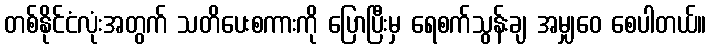
တစ်နိုင်ငံလုံးအတွက် သတိပေးစကားကို ပြောပြီးမှ ရေစက်သွန်းချ အမျှဝေ စေပါတယ်။